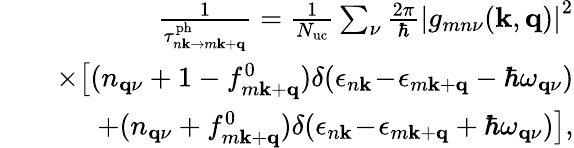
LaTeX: \begin{array}{rlr}&{}&{\frac{1}{\tau_{n\mathbf{k}\to m\mathbf{k}+\mathbf{q}}^{\mathrm{ph}}}=\frac{1}{N_{\mathrm{uc}}}\sum_{\nu}\frac{2\pi}{\hbar}\left|g_{mn\nu}(\mathbf{k},\mathbf{q})\right|^{2}}\\ &{}&{\times\big[(n_{\mathbf{q}\nu}+1-f_{m\mathbf{k}+\mathbf{q}}^{0})\delta(\epsilon_{n\mathbf{k}}\! -\! \epsilon_{m\mathbf{k}+\mathbf{q}}-\hbar\omega_{\mathbf{q}\nu})}\\ &{}&{+(n_{\mathbf{q}\nu}+f_{m\mathbf{k}+\mathbf{q}}^{0})\delta(\epsilon_{n\mathbf{k}}\! -\! \epsilon_{m\mathbf{k}+\mathbf{q}}+\hbar\omega_{\mathbf{q}\nu})\big],}\end{array}